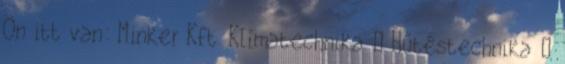
Ön itt van: Minker Kft. Klímatechnika – Hűtéstechnika –